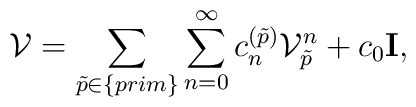
{\cal V}=\sum_{\tilde p\in\{prim\}}\sum_{n=0}^{\infty}c_n^{(\tilde p)}{\cal V}_{\tilde p}^n + c_0{{\bf  I}},